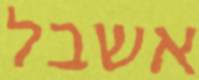
אשבל